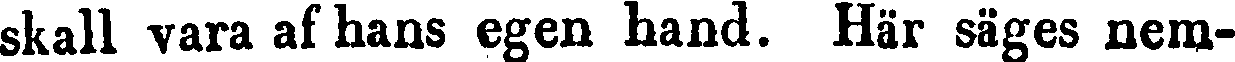
skall vara af hans egen hand. Här säges nem-